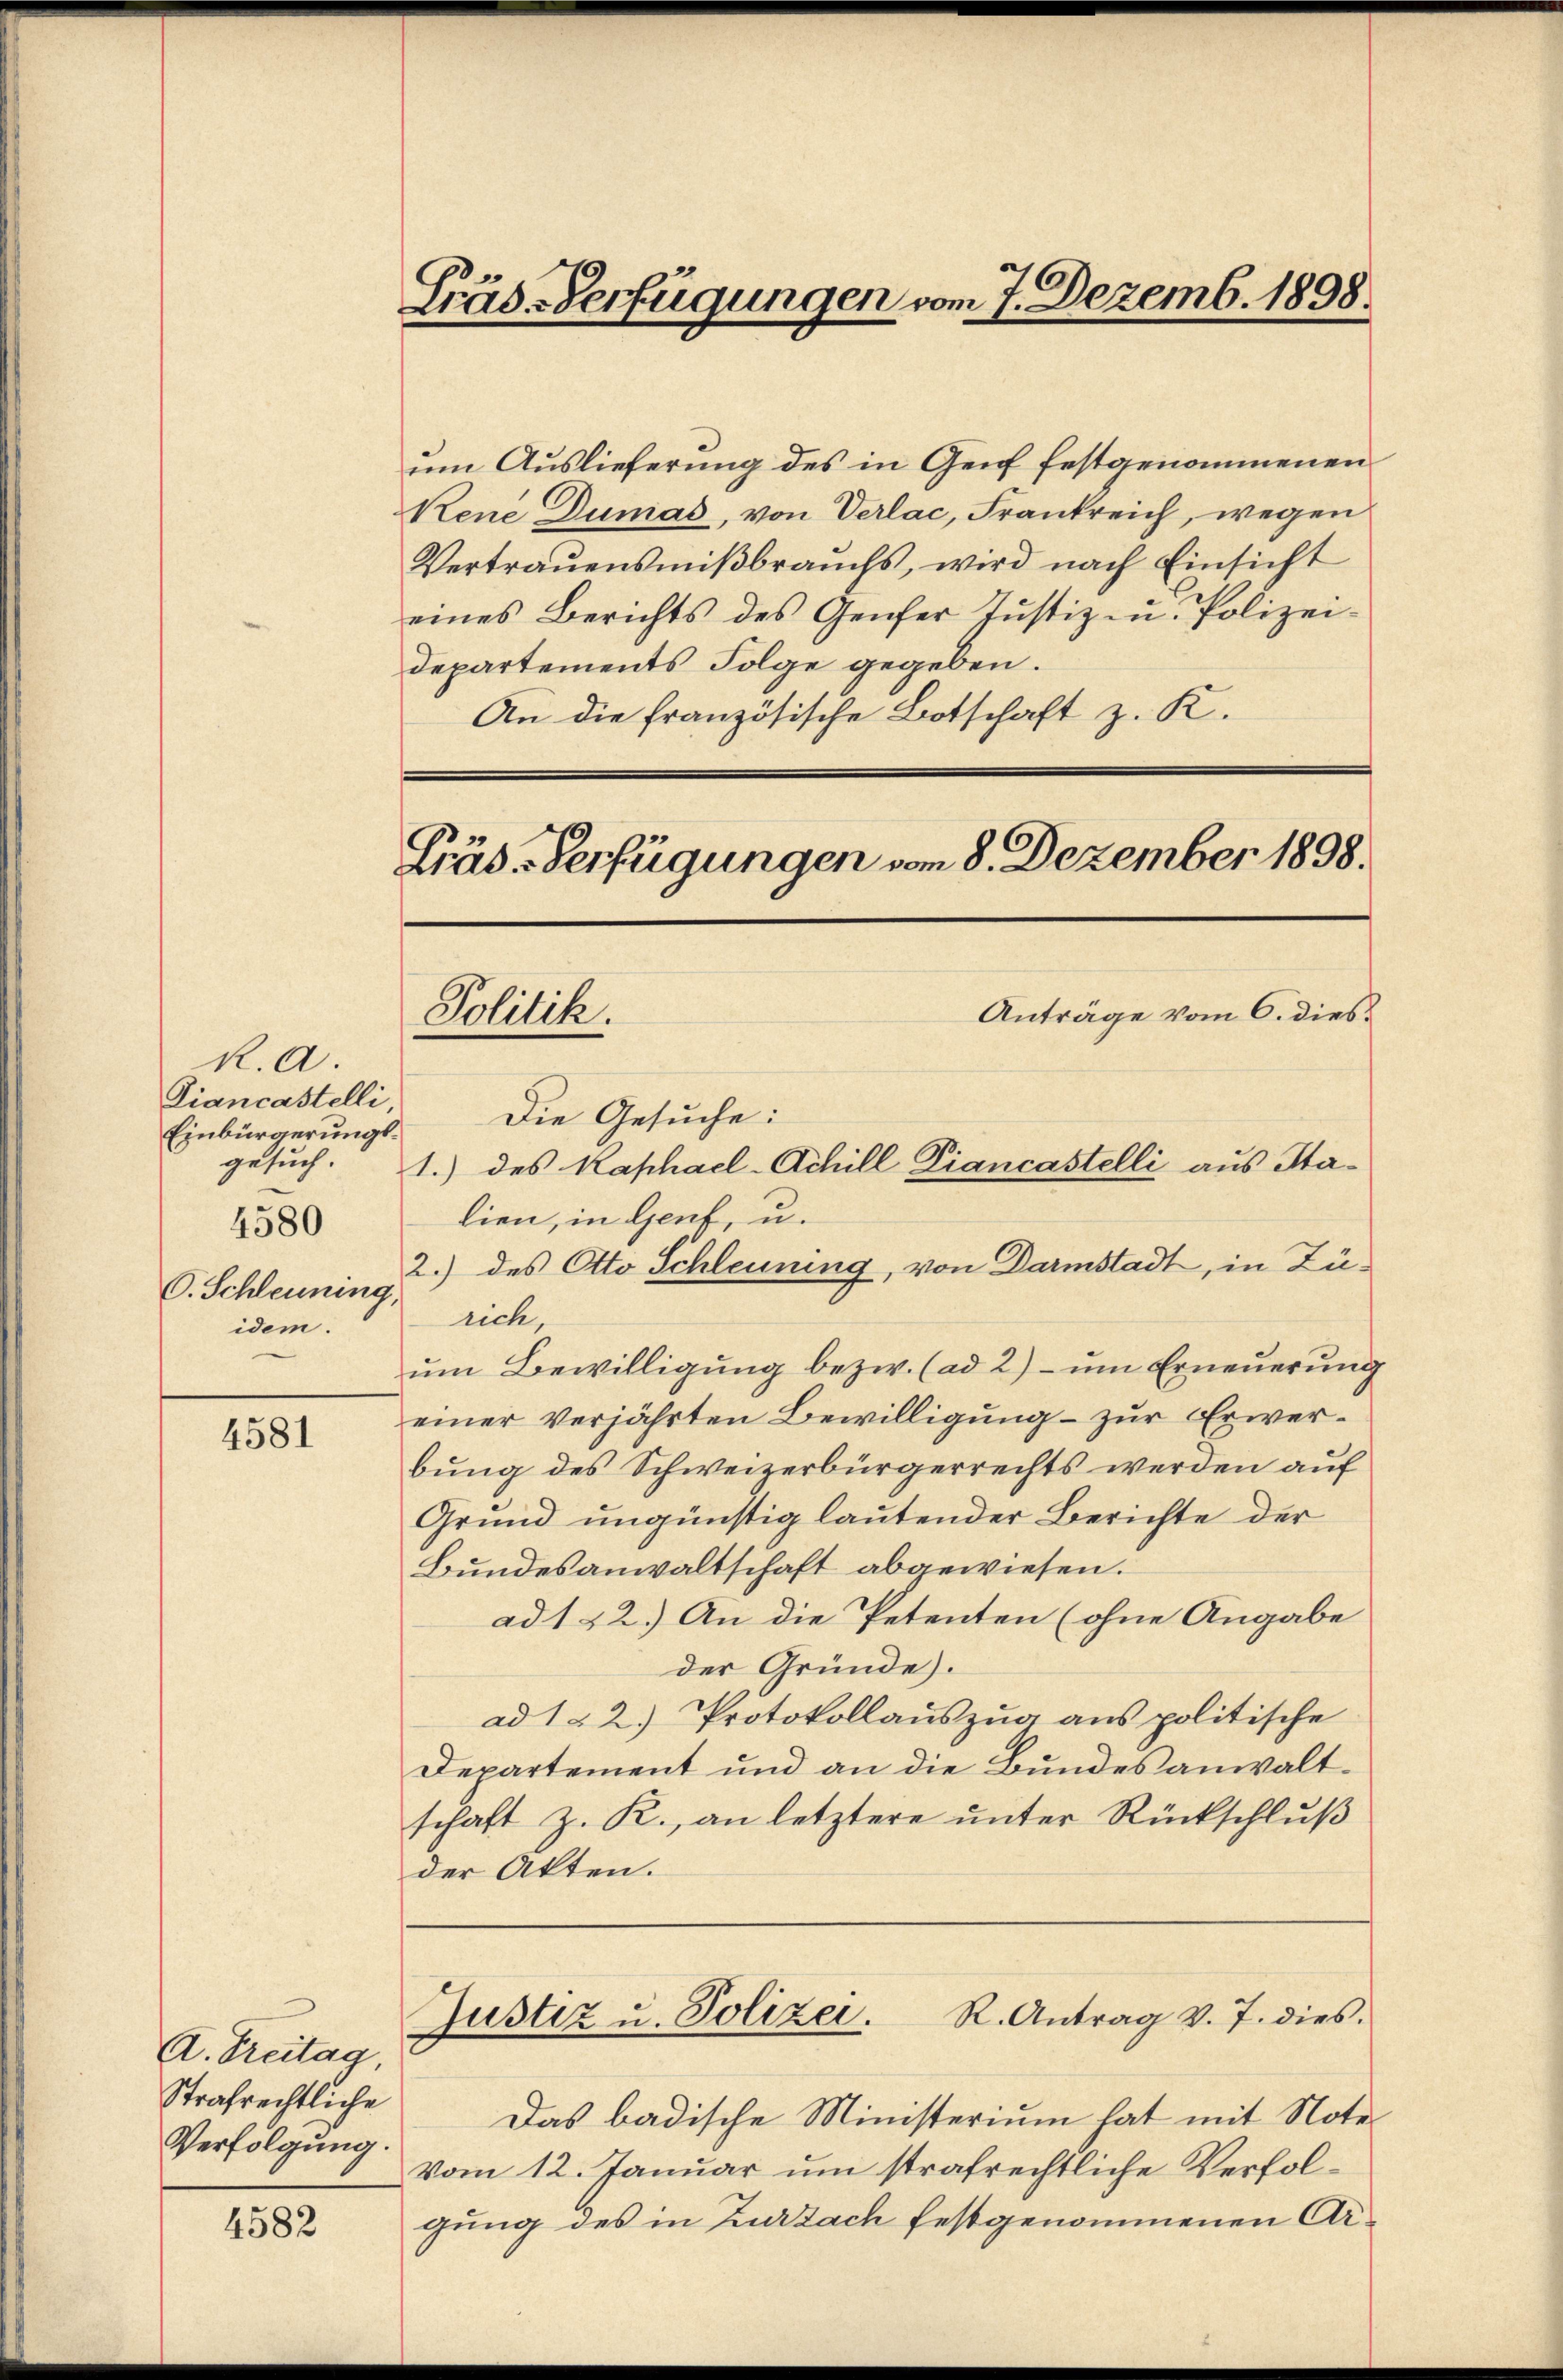
R. a.
Diancastelli
Einbürgerungsgesuch.
4580
O. Schleuning,
idem.

4581

A. Freitag,
Strafrechtliche
Verfolgung.

4582

Srus-Verfügungen vom 7. Dezemb. 1898.

um Auslieferung des in Genf festgenommenen
Kene Dumas, von Verlac, Frankreich, wegen
Vertrauensmißbrauchs, wird nach Einsicht
eines Berichts des Genfer Justiz in Polizei-
departements Folge gegeben.
An die französische Botschaft z. K.

Präs-Verfügungen vom 8. Dezember 1898.
Anträge vom 6. dies
Politik.

Die Gesuche:
1.) des Kaphael-Achill Diancastelli aus Halien, in Genf, u.
2.) des Otto Schleuning, von Darmstadt, in Zürich,
um Bewilligung bezw. (ad 2) – um Erneuerung
einer verjährten Bewilligung – zur Erwerbung des Schweizerbürgerrechts werden auf
Grund ungünstig lautender Berichte der
Bundesanwaltschaft abgewiesen.
ad 122.) An die Petenten (ohne Angabe
der Gründe.
ad 1. 2.) Protokollauszug aus politische
Departement und an die Bundesanwaltschaft z. R., an letztere unter Rückschluß
der Akten.
R. Antrag v. 7. dies
Justiz u. Polizei.
Das badische Ministerium hat mit Notevom 12. Januar um strafrechtliche Verfolgung des in Zurzach festgenommenen Ar¬